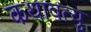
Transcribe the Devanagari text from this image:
कथावत्यु